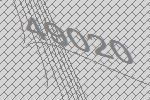
49020